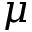
\mu